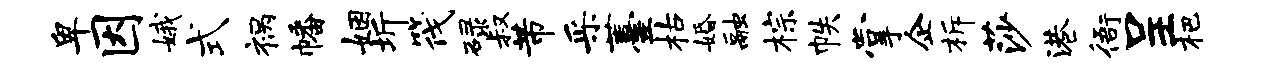
卑因娥式祸幡姻圻筏碌叔芾采薹枯婚融棕帙掌企柝莎港衙呈杷